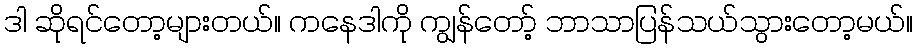
ဒါ ဆိုရင်တော့များတယ်။ ကနေဒါကို ကျွန်တော့် ဘာသာပြန်သယ်သွားတော့မယ်။